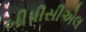
બીપીસીએલ